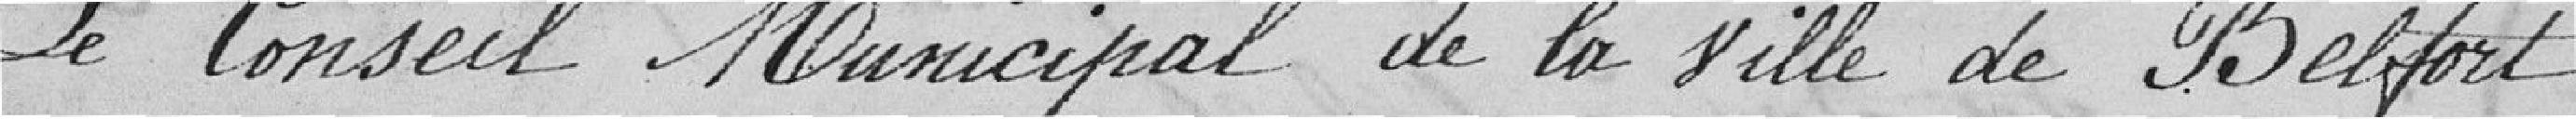
Le Conseil Municipal de la ville de Belfort